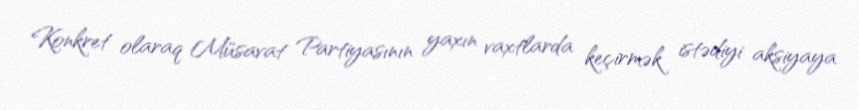
Konkret olaraq Müsavat Partiyasının yaxın vaxtlarda keçirmək istədiyi aksiyaya